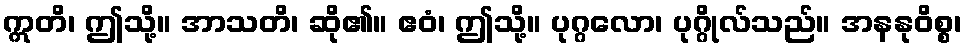
ဣတိ၊ ဤသို့။ အာသတိ၊ ဆို၏။ ဧဝံ၊ ဤသို့။ ပုဂ္ဂလော၊ ပုဂ္ဂိုလ်သည်။ အနနုဝိစ္စ၊